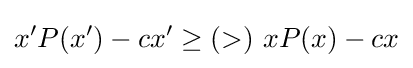
x'P(x')-cx'\geq (>)\ xP(x)-cx